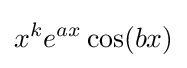
x^{k}e^{ax}\cos(bx)